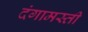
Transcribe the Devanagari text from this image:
दंगामस्ती